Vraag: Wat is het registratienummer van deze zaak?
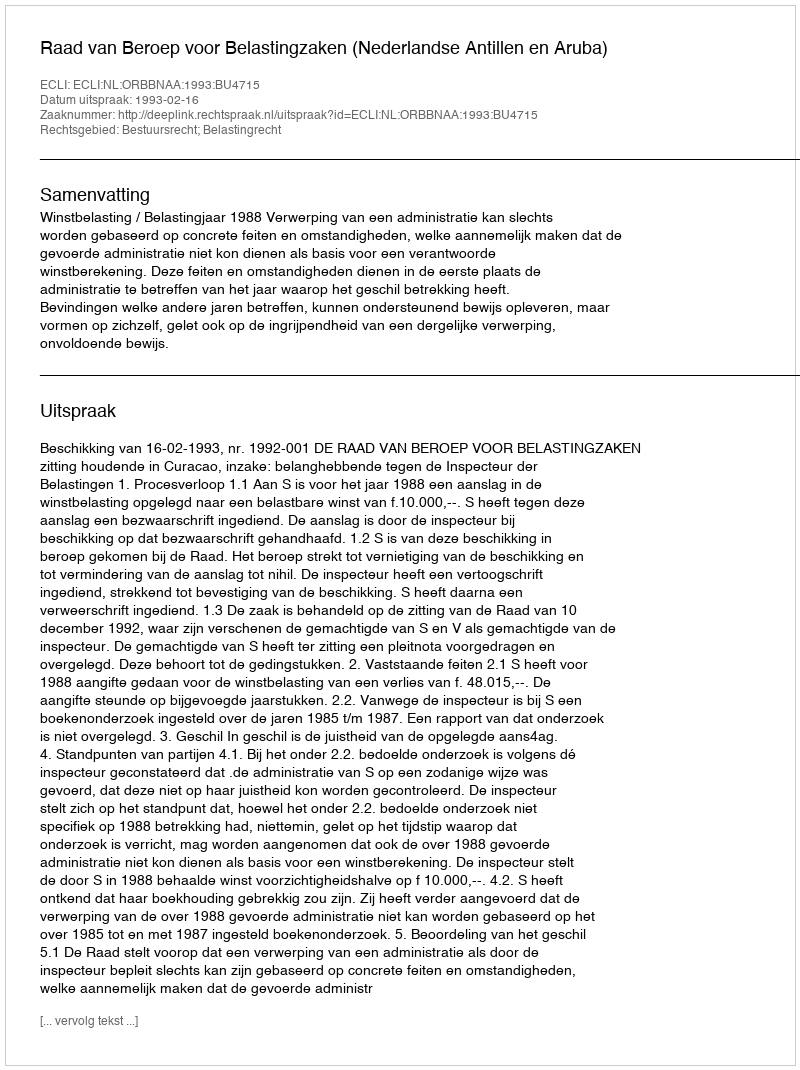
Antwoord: http://deeplink.rechtspraak.nl/uitspraak?id=ECLI:NL:ORBBNAA:1993:BU4715